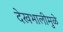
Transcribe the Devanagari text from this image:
देखभालीमुळे